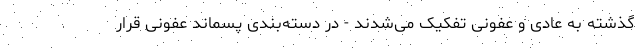
گذشته به عادی و عفونی تفکیک می‌شدند - در دسته‌بندی پسماند عفونی قرار